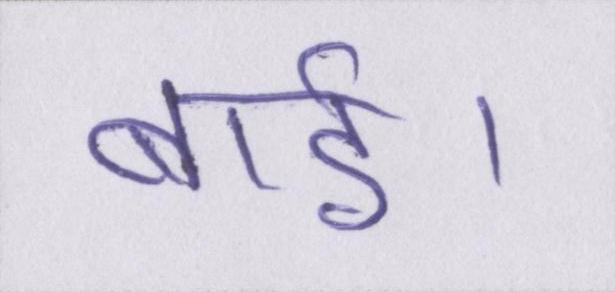
बाई।